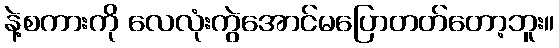
နဲ့စကားကို လေလုံးကွဲအောင်မပြောတတ်တော့ဘူး။